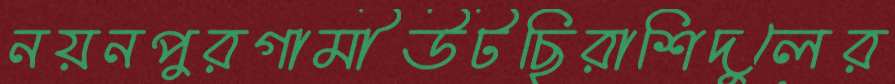
নয়নপুরগামীউটছিরাশিদুলের